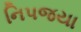
નિપજયા